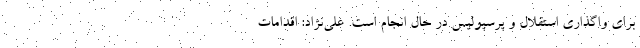
برای واگذاری استقلال و پرسپولیس در حال انجام است. علی‌نژاد: اقدامات